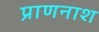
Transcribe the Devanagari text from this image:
प्राणनाश